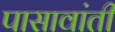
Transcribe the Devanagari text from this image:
पासावांती